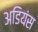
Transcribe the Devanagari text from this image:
अडियंस